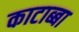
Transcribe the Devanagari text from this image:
काटाब्बा